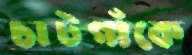
চাটগাঁকে